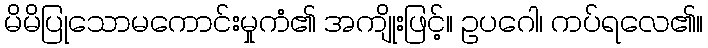
မိမိပြုသောမကောင်းမှုကံ၏ အကျိုးဖြင့်။ ဥပဂေါ၊ ကပ်ရလေ၏။